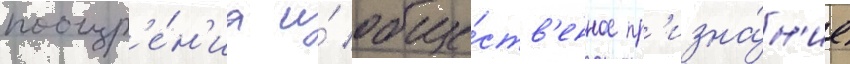
поощр'е́н'иа и́ обще́ств'енное пр'изна́н'ие